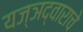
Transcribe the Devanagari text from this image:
यज्ञद्वाराचे